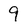
Character: 9